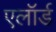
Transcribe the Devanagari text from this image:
एलॉर्ड